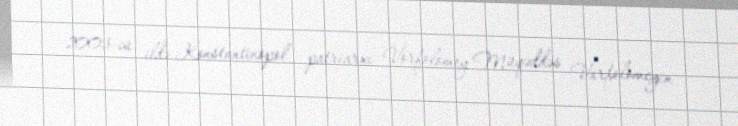
2003-cü ildə Konstantinopol patriarxı Vorfolomey Müqəddəs Varfolomeyin